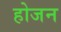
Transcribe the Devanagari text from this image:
होजन